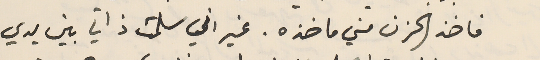
فاخذ الحزن مني ماخذه. غير اني سلمت ذاتي بين يدي